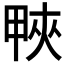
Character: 𤲍